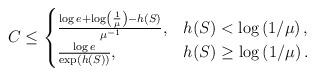
LaTeX: \begin{align*}C & \leq\begin{cases}\frac{\log e+\log\left(\frac{1}{\mu}\right)-h(S)}{\mu^{-1}}, & h(S)<\log\left(1/\mu\right),\\\frac{\log e}{\exp\left(h(S)\right)}, & h(S)\geq\log\left(1/\mu\right).\end{cases}\end{align*}